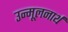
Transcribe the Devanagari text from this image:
उन्मूलनार्थ